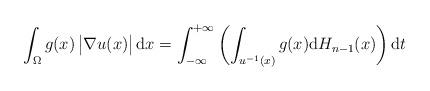
LaTeX: \begin{align*} \int_\Omega g(x) \begin{vmatrix} \nabla u(x) \end{vmatrix} \mathrm{d}x= \int_{-\infty}^{+\infty}\left(\int_{u^{-1}(x)}g(x)\mathrm{d}H_{n-1}(x)\right)\mathrm{d}t\end{align*}